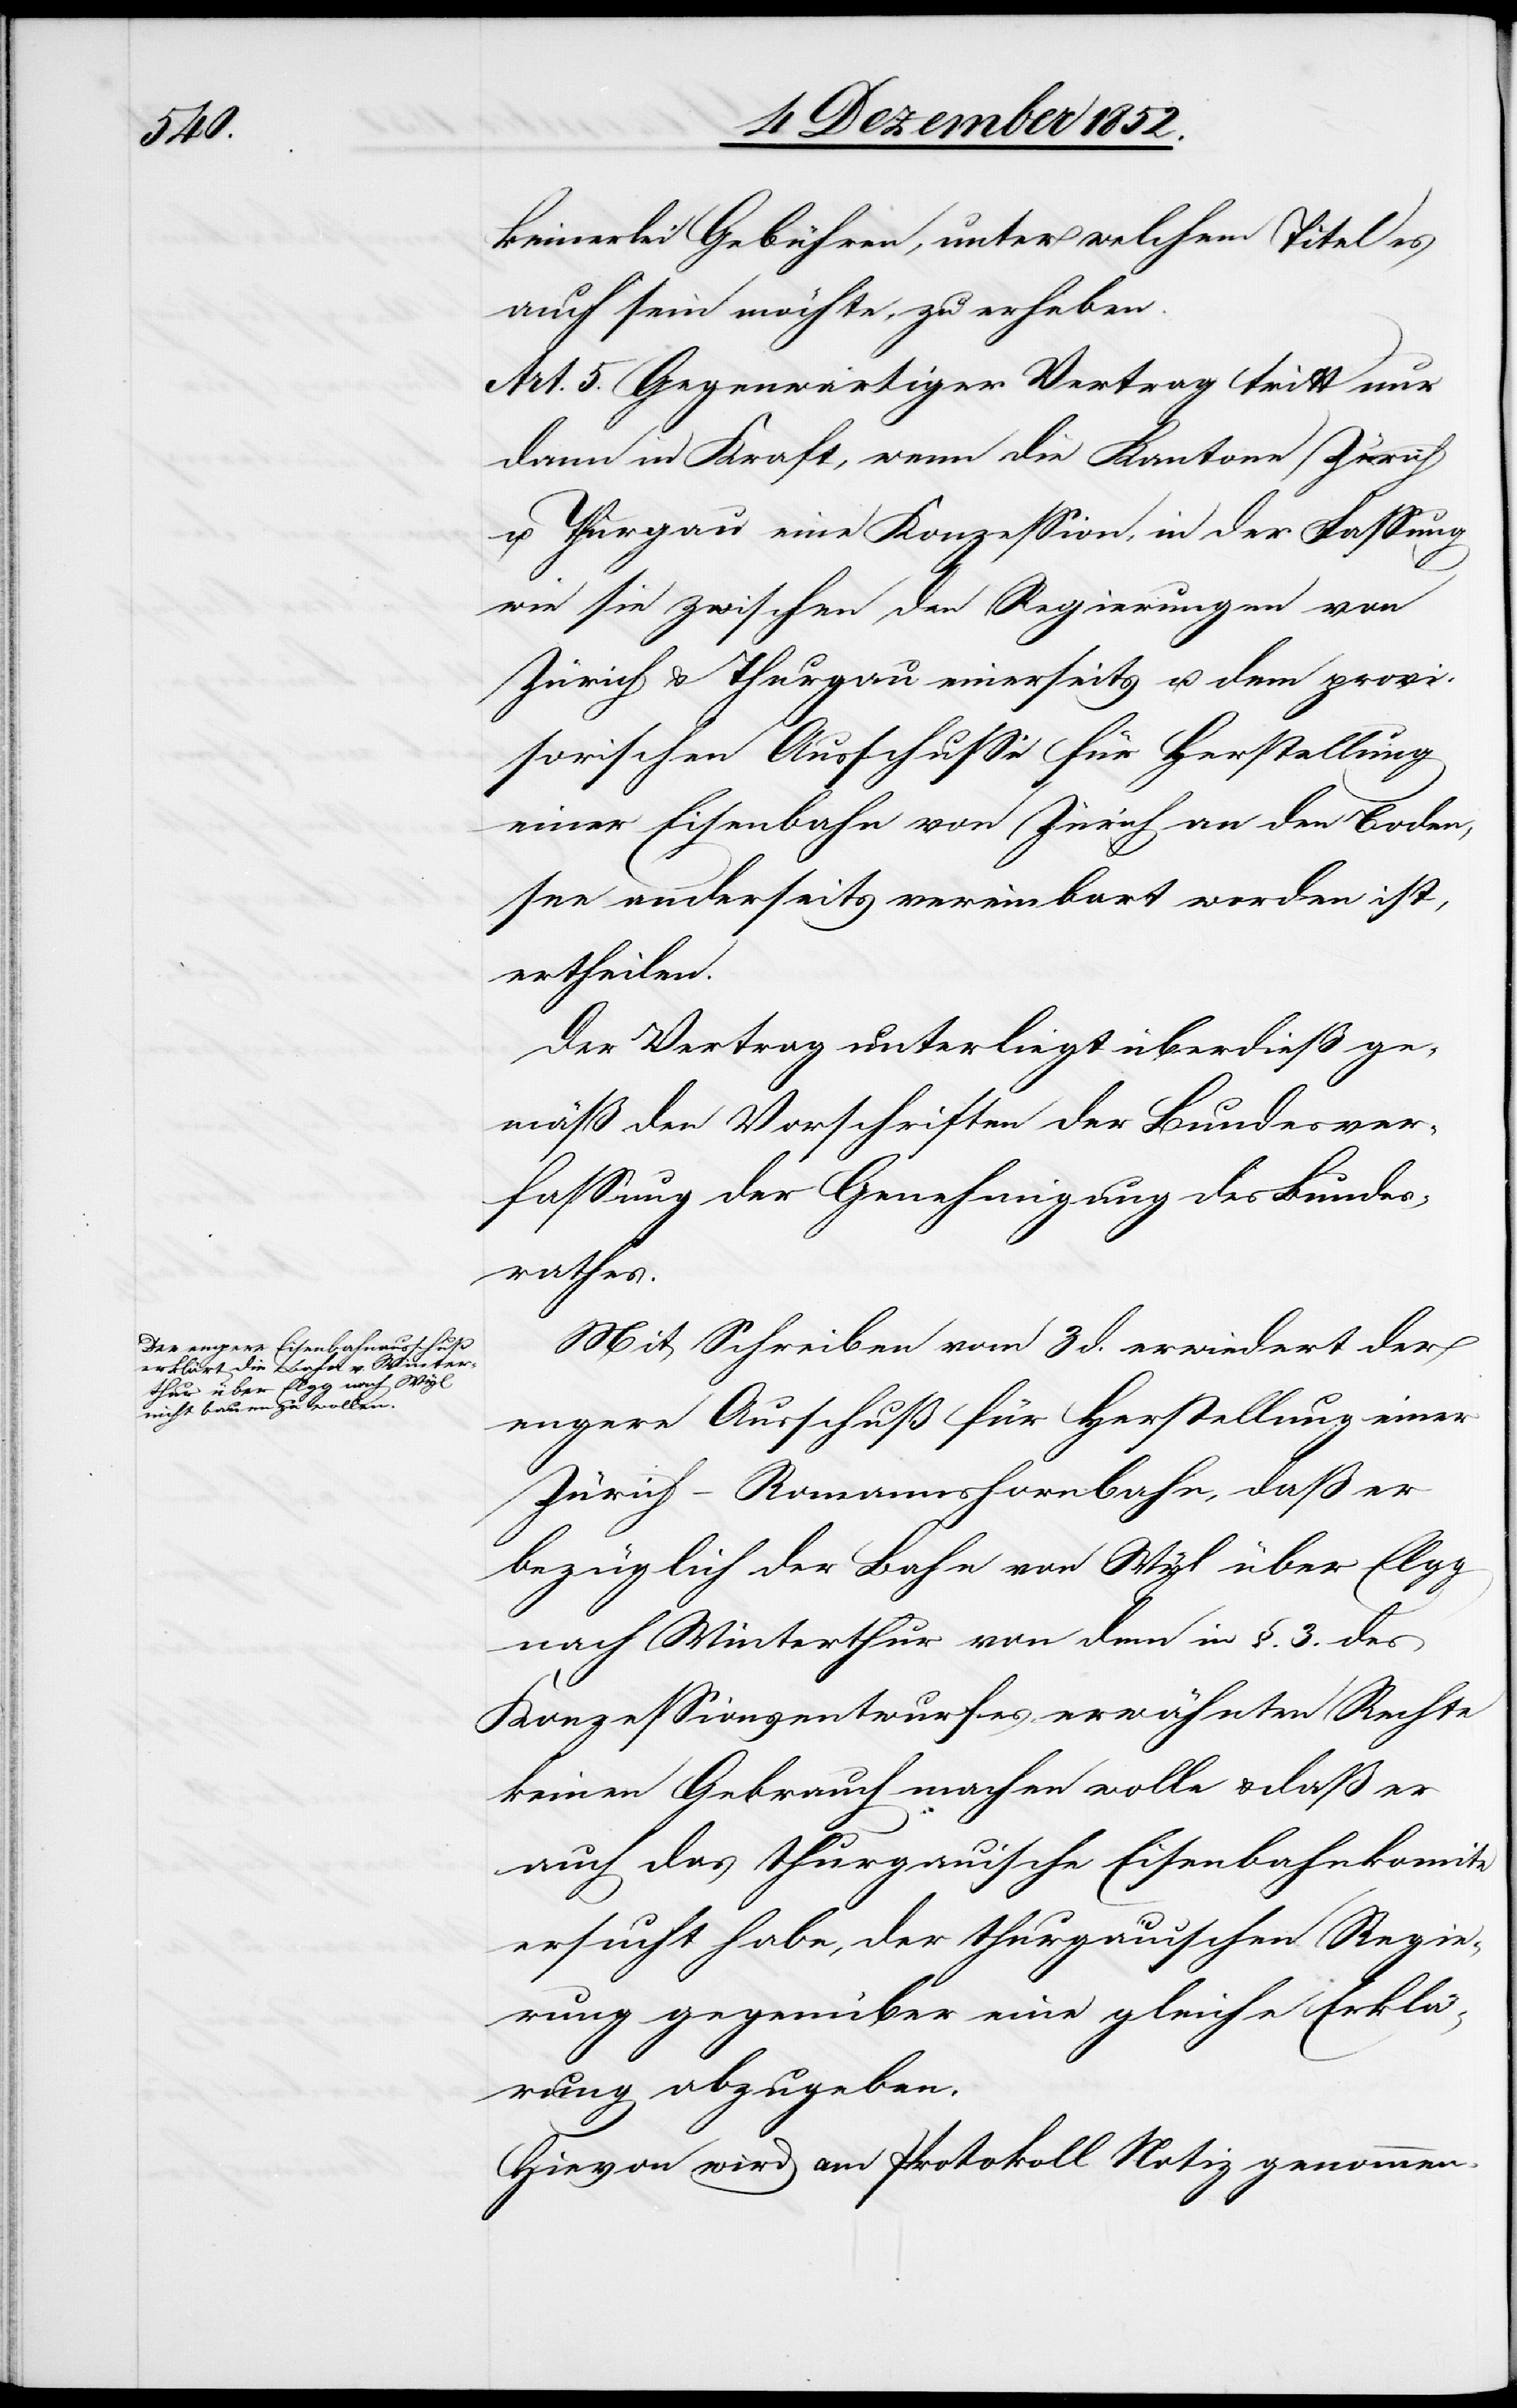
keinerlei Gebühren, unter welchem Titel es
auch sein möchte, zu erheben.
Art. 5. Gegenwärtiger Vertrag tritt nur
dann in Kraft, wenn die Kantone Zürich
u. Thurgau eine Konzession, in der Fassung
wie sie zwischen den Regierungen von
Zürich & Thurgau einerseits u. dem provi¬
sorischen Ausschusse für Herstellung
einer Eisenbahn von Zürich an den Boden¬
see anderseits vereinbart worden ist,
ertheilen.
Der Vertrag unterliegt überdieß ge¬
mäß den Vorschriften der Bundesver¬
fassung der Genehmigung des Bundes¬
rathes.
Mit Schreiben vom 3 d. erwiedert der
engere Ausschuß für Herstellung einer
Zürich-Romannshornbahn, daß er
bezüglich der Bahn von Wyl über Elgg
nach Winterthur von dem in §. 3. des
Konzessionsentwurfes erwähnten Rechte
keinen Gebrauch machen wolle & daß er
auch das thurgauische Eisenbahnkomite
ersucht habe, der thurgauischen Regier¬
ung gegenüber eine gleiche Erklä¬
rung abzugeben.
Hievon wird am Protokoll Notiz genommen.